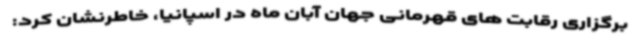
برگزاری رقابت های قهرمانی جهان آبان ماه در اسپانیا، خاطرنشان کرد: